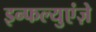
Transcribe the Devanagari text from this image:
इन्फल्युएंज़े